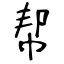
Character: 帮